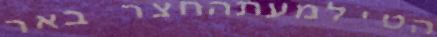
הטילמעתהחצר באר